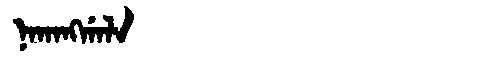
Manchu: ᠨᠠᡴᠠᠩᡤᠠᠯᠠ
Romanization: NAKANGGALA